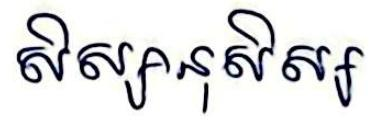
សិស្សានុសិស្ស